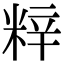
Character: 𮇞